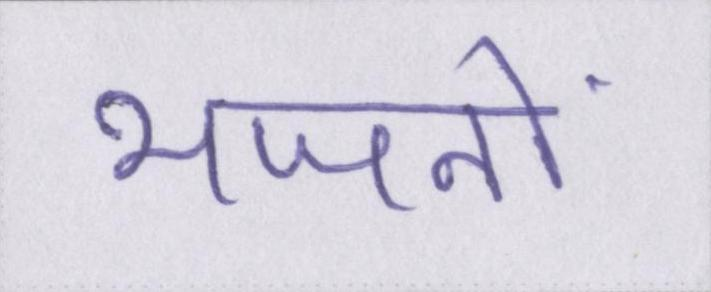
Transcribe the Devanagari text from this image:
भजनों